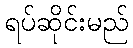
ရပ်ဆိုင်းမည်